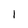
Character: 1